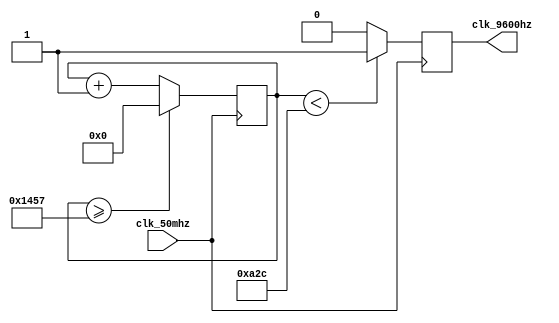
module clock_divider(clk_50mhz, clk_9600hz);

input clk_50mhz; 
output reg clk_9600hz; 
reg[27:0] counter=28'd0;
parameter DIVISOR = 28'd5208;
//5208 clock 

always @(posedge clk_50mhz)
begin
 counter <= counter + 28'd1;
 if(counter>=(DIVISOR-1))
  counter <= 28'd0;

 clk_9600hz <= (counter<DIVISOR/2)?1'b1:1'b0;

end
endmodule